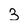
Character: 3